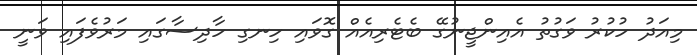
މިއަދު ހުކުރު ވަގުތު އެއިންޖީނުގޭ ބެޓެރިއެއް ގޮވައި ހިނގި ހާދިސާގައި މަރުވެފައި ވަނީ